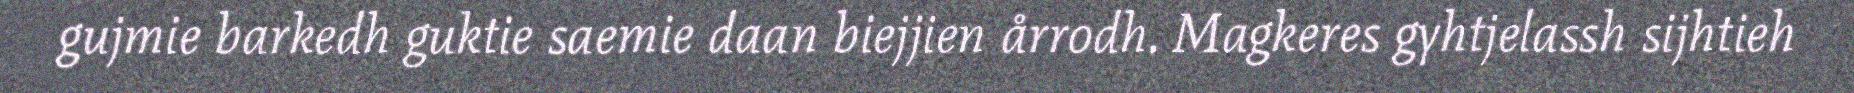
gujmie barkedh guktie saemie daan biejjien årrodh. Magkeres gyhtjelassh sijhtieh